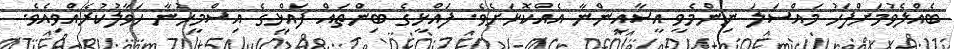
ބެއްލެވުމަށްފަހު މައްސަލަ ނިންމެވީ އީސާއީންނާ އެއްކޮޅަށެވެ. ފައްޅީގެ ބިންތައް ފައްޅީގެ އިސްމީހުނާ ހަވާލުކުރެއްވިއެވެ.